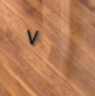
٧